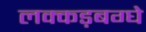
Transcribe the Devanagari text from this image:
लक्कड़बग्घे